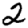
Digit: 2